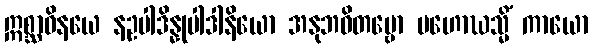
ဣစ္ဆာဝိနယေ နဥပါဒိန္နုပါဒါနိယော အနုဘဝိတဗ္ဗော မဟောဃသ္မိံ ကာယော